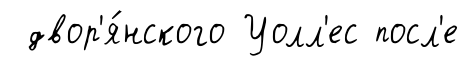
двор'я́нского Уолл'ес посл'е